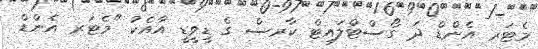
މެޓަރ އެންޑް ދަ ގޯސްޓްލައިޓް ކާރސް ގެ ޑީވީޑީ އާއެކު "މެޓަރ އެންޑް